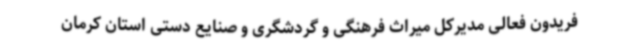
فریدون فعالی مدیرکل میراث فرهنگی و گردشگری و صنایع دستی استان کرمان